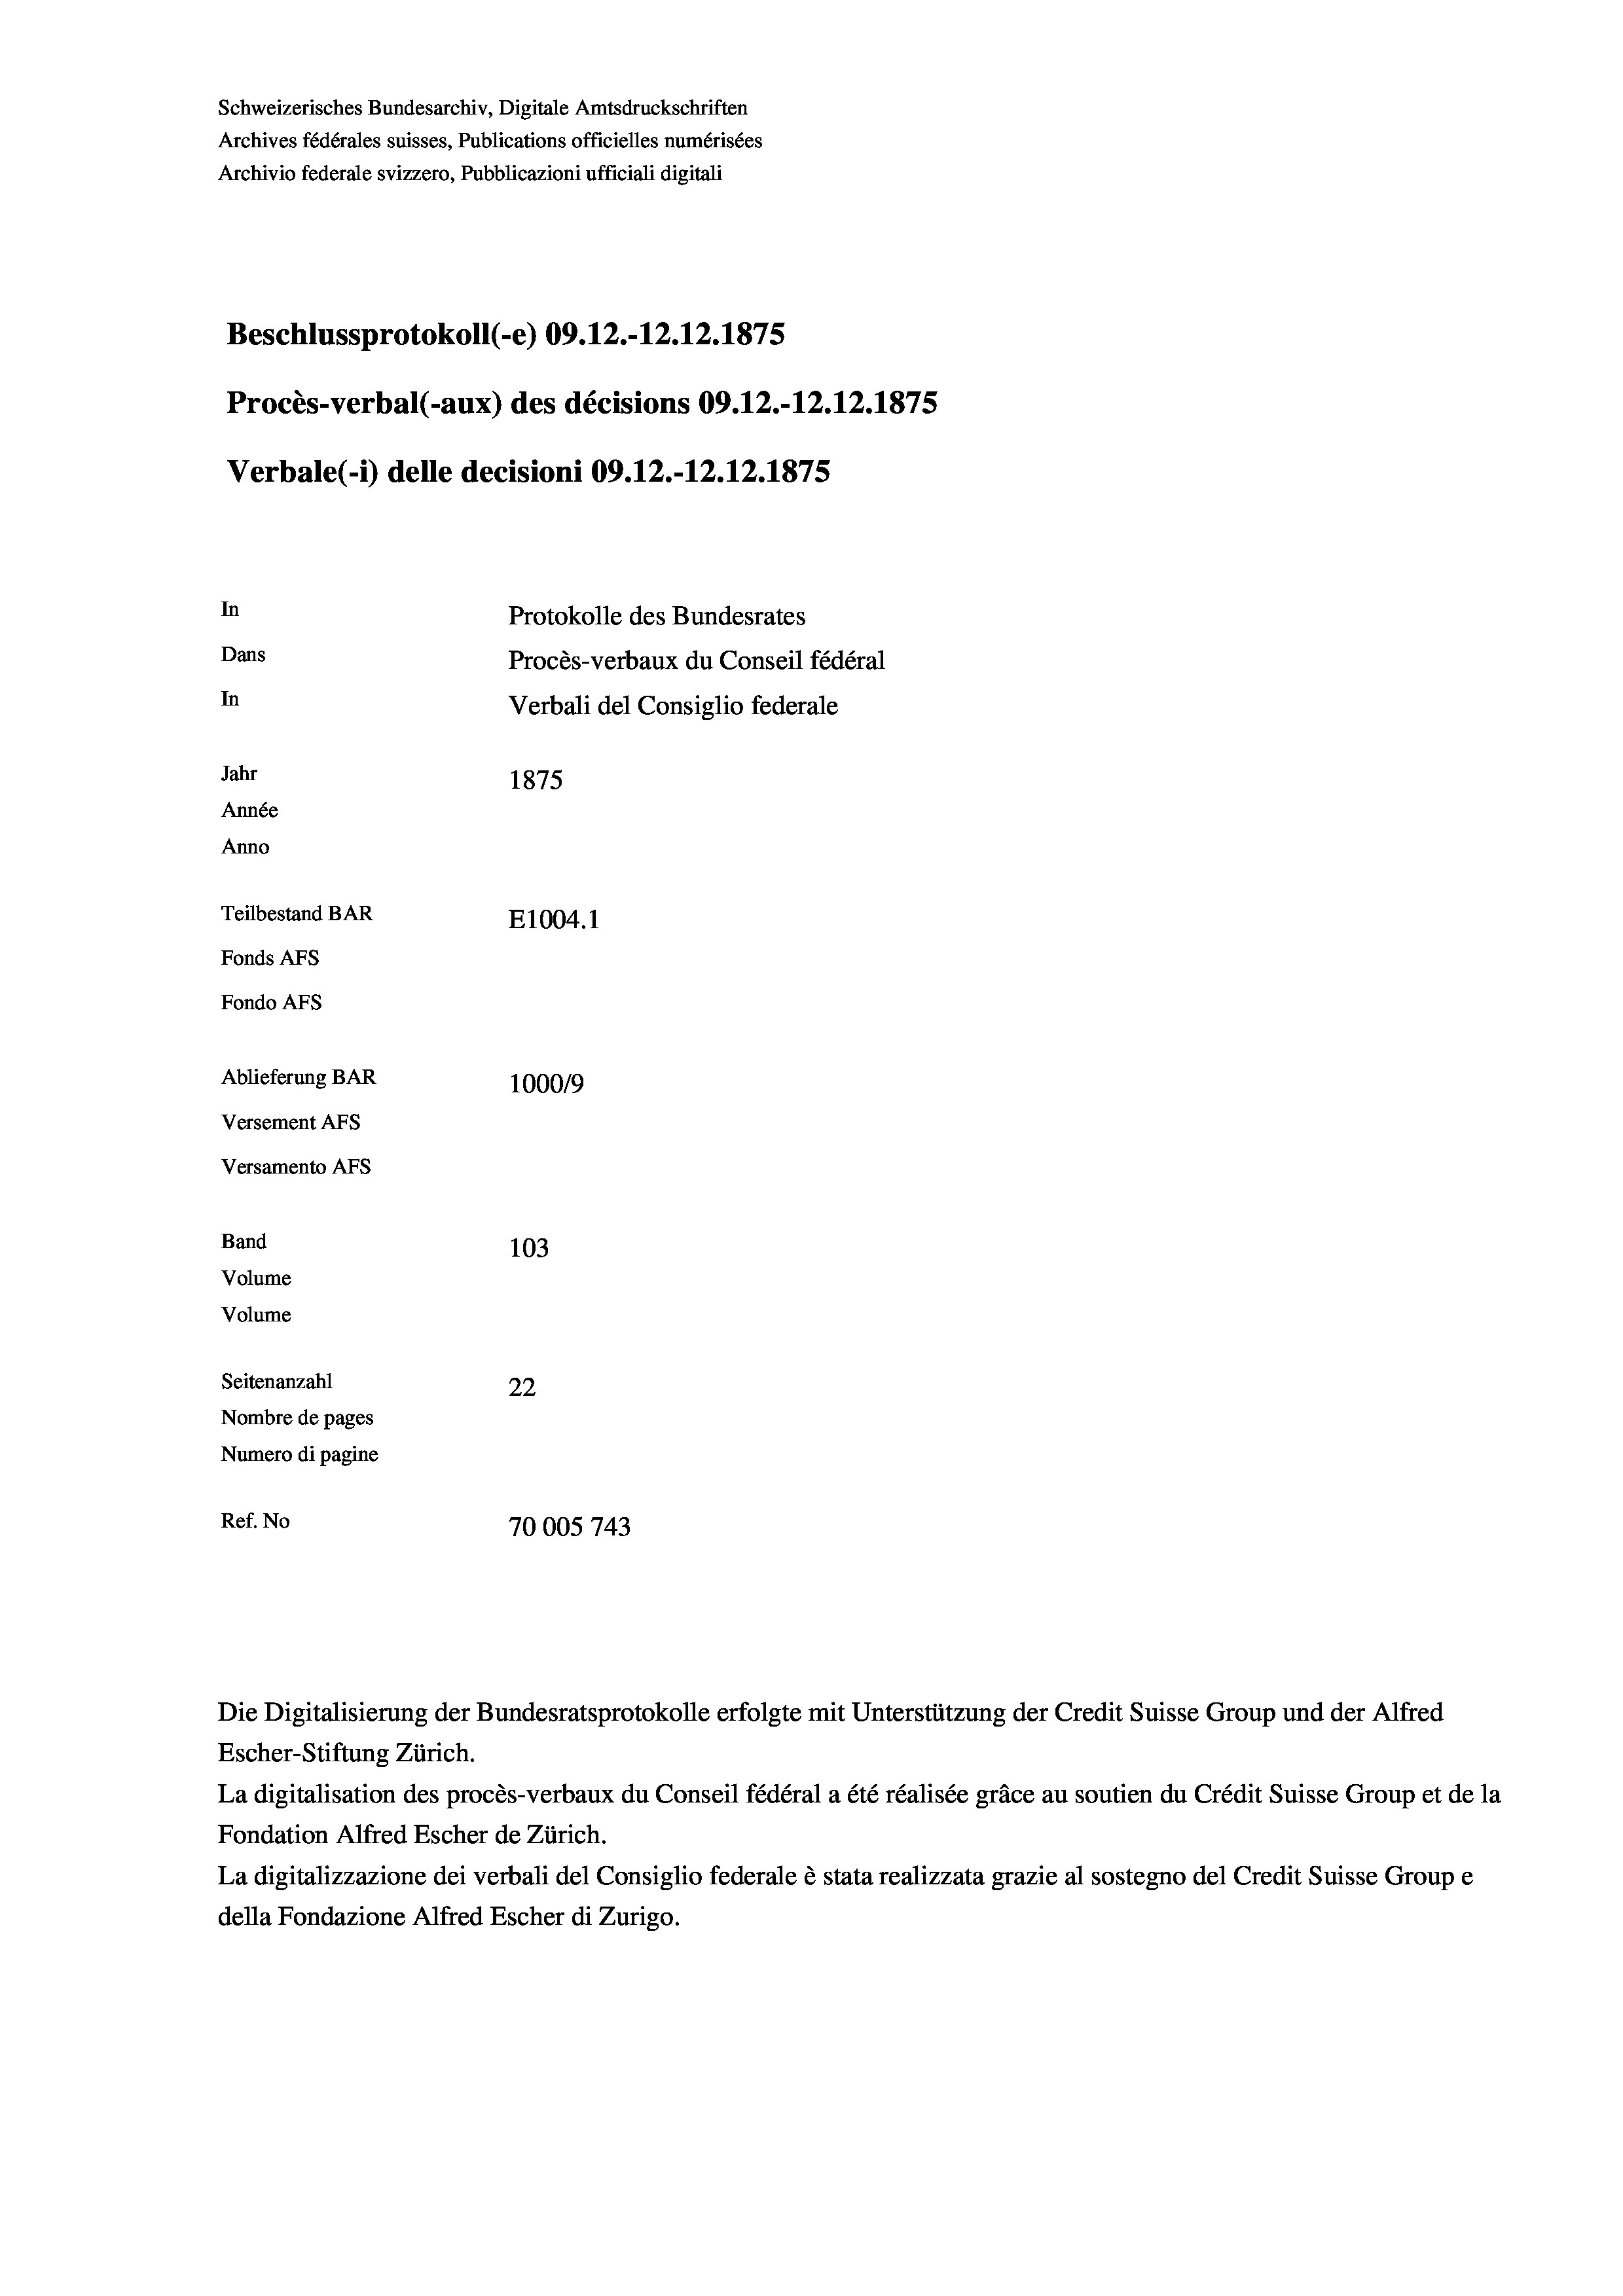
Schweizerisches Bundesarchiv, Digitale Amtsdruckschriften
Archives fédérales suisses, Publications officielles numérisées
Archivio federale svizzero, Pubblicazioni ufficiali digitali
Beschlussprotokoll (-e) 09.12.-12.12.1875
Procès-verbal (-aux) des décisions 09.12.-12.12.1875
Verbale (- 1) delle decisioni 09.12.-12.12.1875
In
Protokolle des Bundesrates
Dans
Procès-verbaux du Conseil fédéral
In
Verbali del Consiglio federale
Jahr
1875
Année
Anno
Teilbestand BAR
E1004. 1
Fonds AEs
Fondo Afs
Ablieferung BAR
100019
Versement AFs
Versamento AFS
Band
103
Volume
Volume

Seitenanzahl
22
Nombre de pages
Numero di pagine
Ref. No
70005743

Die Digitalisierung der Bundesratsprotokolle erfolgte mit Unterstützung der Credit Suisse Group und der Alfred
Escher-Stiftung Zürich.
La digitalisation des procès-verbaux du Conseil fédéral a été réalisée gräce au soutien du Crédit Suisse Group et de la
Fondation Alfred Escher de Zürich.
La digitalizzazione dei verbali del Consiglio federale è stata realizzata grazie al sostegno del Credit Suisse Groupe
della Fondazione Alfred Escher di Zurigo.